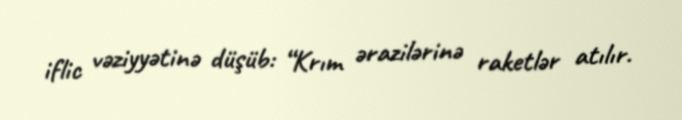
iflic vəziyyətinə düşüb: “Krım ərazilərinə raketlər atılır.